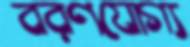
বরণযোগ্য